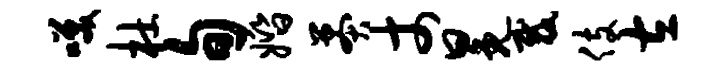
笑杜旬婚莽丈冕裁伎左